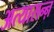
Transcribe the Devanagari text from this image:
अत्यासन्ऩ